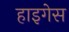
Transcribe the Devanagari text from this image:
हाइगेस